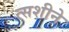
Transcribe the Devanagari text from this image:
त्सशीने